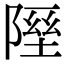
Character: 𨻋